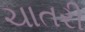
ચાતરી